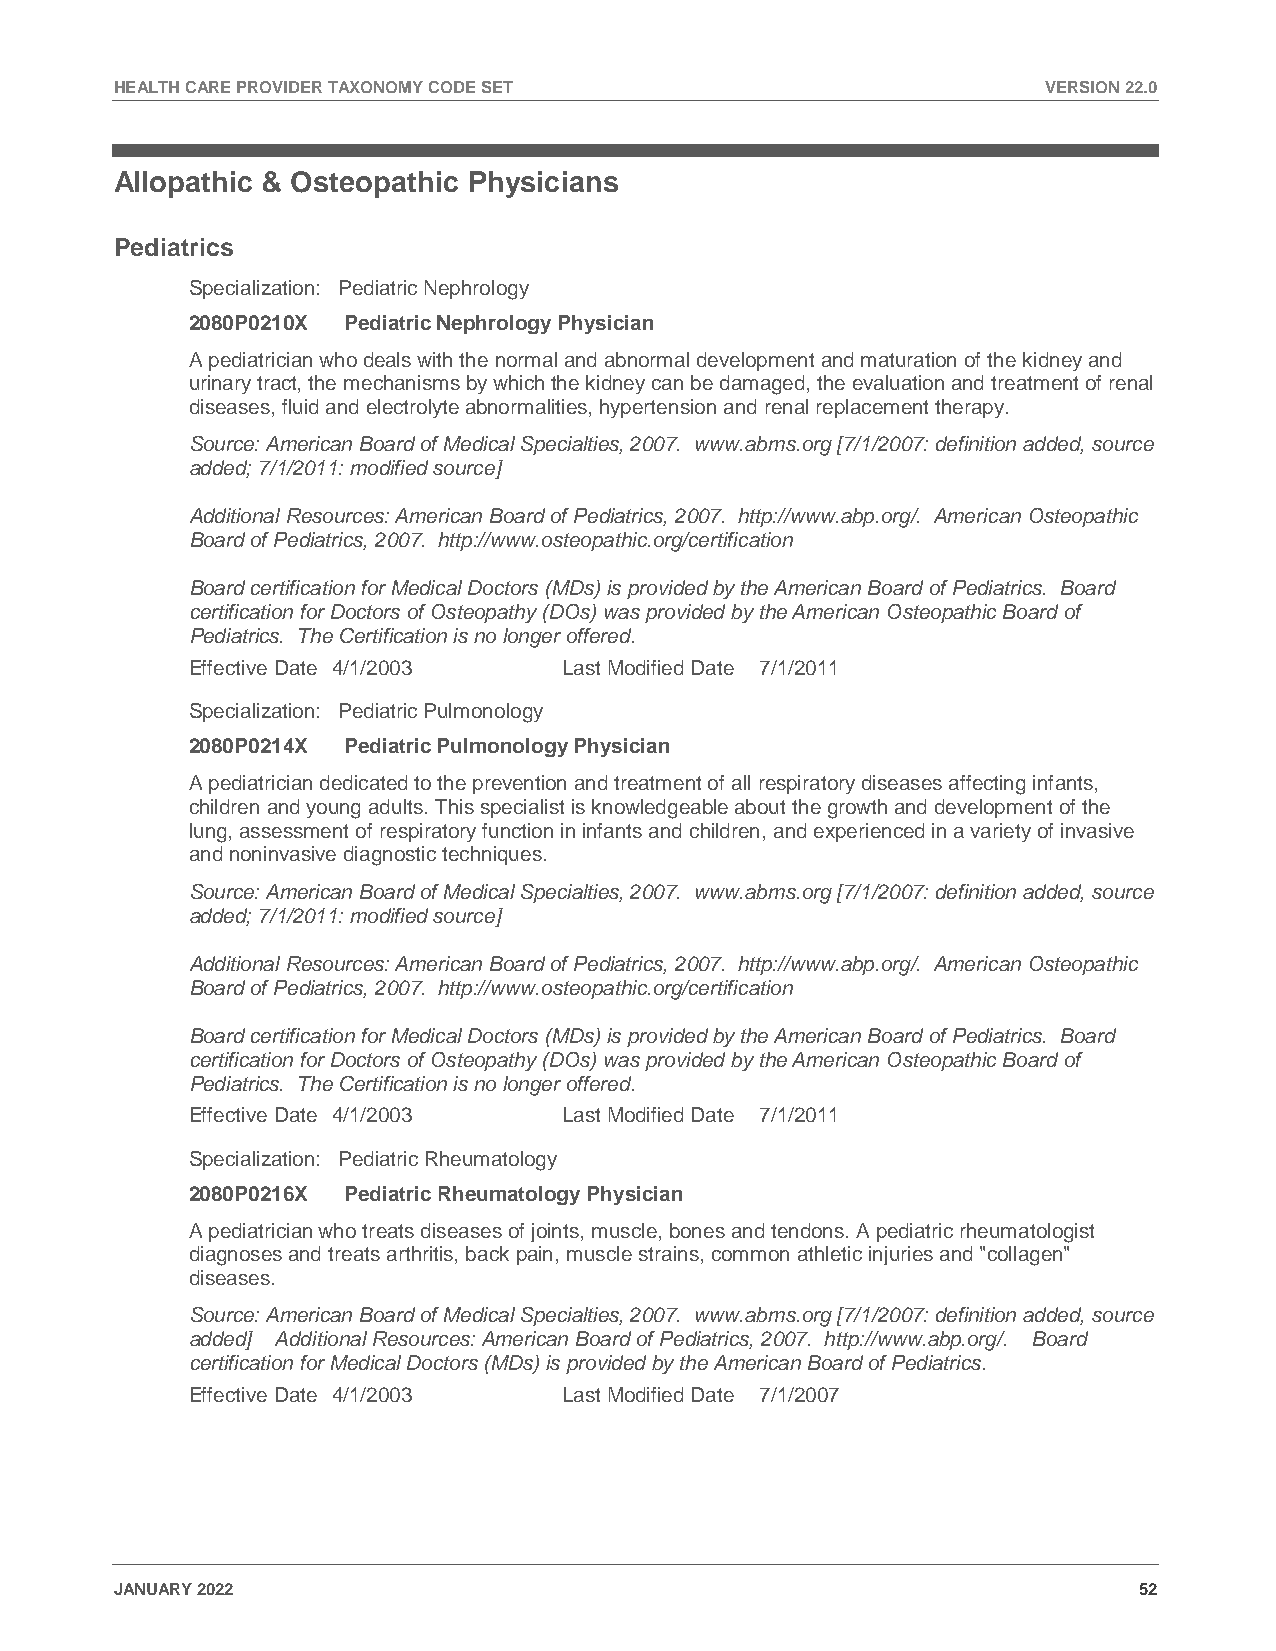
HEALTH CARE PROVIDER TAXONOMY CODE SET                       VERSION 22.0
 Allopathic & Osteopathic Physicians
 Pediatrics
 Specialization: Pediatric Nephrology
 2080P0210X Pediatric Nephrology Physician
 A pediatrician who deals with the normal and abnormal development and maturation of the kidney and
 urinary tract, the mechanisms by which the kidney can be damaged, the evaluation and treatment of renal
 diseases, fluid and electrolyte abnormalities, hypertension and renal replacement therapy.
 Source: American Board of Medical Specialties, 2007. www.abms.org [7/1/2007: definition added, source
 added; 7/1/2011: modified source]
 Additional Resources: American Board of Pediatrics, 2007. http://www.abp.org/. American Osteopathic
 Board of Pediatrics, 2007. http://www.osteopathic.org/certification
 Board certification for Medical Doctors (MDs) is provided by the American Board of Pediatrics. Board
 certification for Doctors of Osteopathy (DOs) was provided by the American Osteopathic Board of
 Pediatrics. The Certification is no longer offered.
 Effective Date 4/1/2003  Last Modified Date 7/1/2011
 Specialization: Pediatric Pulmonology
 2080P0214X Pediatric Pulmonology Physician
 A pediatrician dedicated to the prevention and treatment of all respiratory diseases affecting infants,
 children and young adults. This specialist is knowledgeable about the growth and development of the
 lung, assessment of respiratory function in infants and children, and experienced in a variety of invasive
 and noninvasive diagnostic techniques.
 Source: American Board of Medical Specialties, 2007. www.abms.org [7/1/2007: definition added, source
 added; 7/1/2011: modified source]
 Additional Resources: American Board of Pediatrics, 2007. http://www.abp.org/. American Osteopathic
 Board of Pediatrics, 2007. http://www.osteopathic.org/certification
 Board certification for Medical Doctors (MDs) is provided by the American Board of Pediatrics. Board
 certification for Doctors of Osteopathy (DOs) was provided by the American Osteopathic Board of
 Pediatrics. The Certification is no longer offered.
 Effective Date 4/1/2003  Last Modified Date 7/1/2011
 Specialization: Pediatric Rheumatology
 2080P0216X Pediatric Rheumatology Physician
 A pediatrician who treats diseases of joints, muscle, bones and tendons. A pediatric rheumatologist
 diagnoses and treats arthritis, back pain, muscle strains, common athletic injuries and "collagen"
 diseases.
 Source: American Board of Medical Specialties, 2007. www.abms.org [7/1/2007: definition added, source
 added] Additional Resources: American Board of Pediatrics, 2007. http://www.abp.org/. Board
 certification for Medical Doctors (MDs) is provided by the American Board of Pediatrics.
 Effective Date 4/1/2003  Last Modified Date 7/1/2007
 JANUARY 2022                                                       52